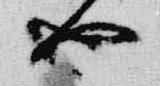
也